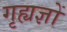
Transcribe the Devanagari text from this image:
गृह्यज्ञों